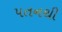
પતનથી